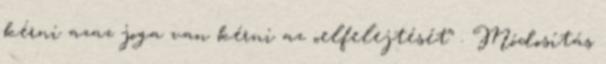
kérni azaz joga van kérni az „elfelejtését” . Módosítás